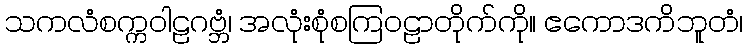
သကလံစက္ကဝါဠဂဗ္ဘံ၊ အလုံးစုံစကြဝဠာတိုက်ကို။ ဧကောဒကိဘူတံ၊